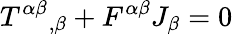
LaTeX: {T^{\alpha\beta}}_{,\beta}+F^{\alpha\beta}J_{\beta}=0